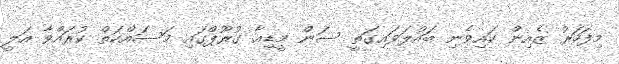
މިފަހަރު ޒެއިން ކައިވެނި ބައްލަވައިގަތީ ސަން މީޑިއާ ގުރޫޕްގައި މަސައްކަތް ކުރައްވާ އަލީ